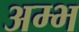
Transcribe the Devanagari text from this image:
अम्भ